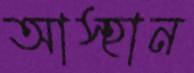
আস্হান